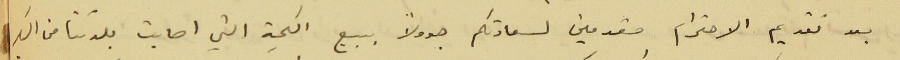
بعد تقديم الاحترام مقدمين لسعادتكم جدولًا ببيع الكمية التي اصابت بلدتنا من السكر